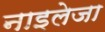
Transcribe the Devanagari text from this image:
नाइलेजा